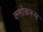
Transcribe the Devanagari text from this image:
क्लोकरूम